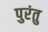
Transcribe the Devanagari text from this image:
पुरंतु